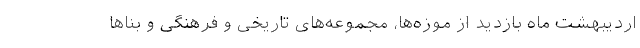
اردیبهشت ماه بازدید از موزه‌ها، مجموعه‌های تاریخی و فرهنگی و بناها